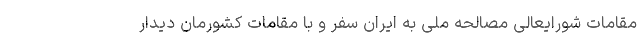
مقامات شورایعالی مصالحه ملی به ایران سفر و با مقامات کشورمان دیدار